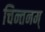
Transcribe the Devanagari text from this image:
चिन्तनम्